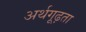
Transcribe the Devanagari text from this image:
अर्थगूढ़ता